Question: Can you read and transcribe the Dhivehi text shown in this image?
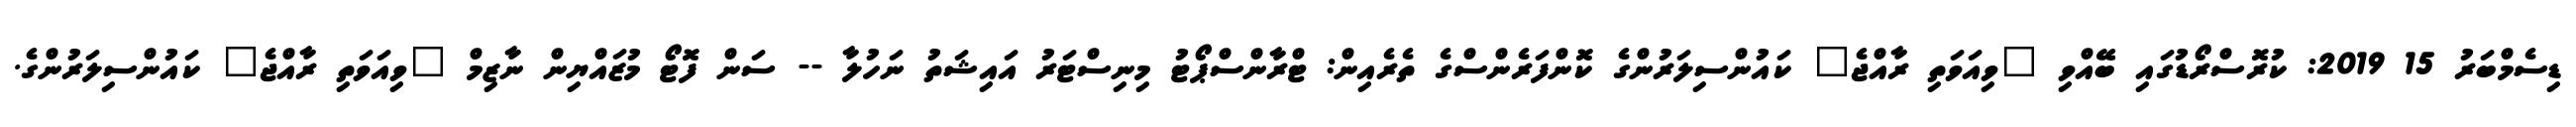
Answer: ޑިސެމްބަރު 15 2019: ކުރޮސްރޯޑުގައި ބޭއްވި "ވިއަވަތި ރާއްޖެ" ކައުންސިލަރުންގެ ކޮންފަރެންސްގެ ތެރެއިން: ޓްރާންސްޕޯޓު މިނިސްޓަރު އައިޝަތު ނަހުލާ -- ސަން ފޮޓޯ މުޒައްޔިން ނާޒިމް "ވިއަވަތި ރާއްޖެ" ކައުންސިލަރުންގެ.